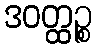
ဒဝတ္ထဉ္စ